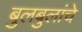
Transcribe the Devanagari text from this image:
बुलबुलांचे